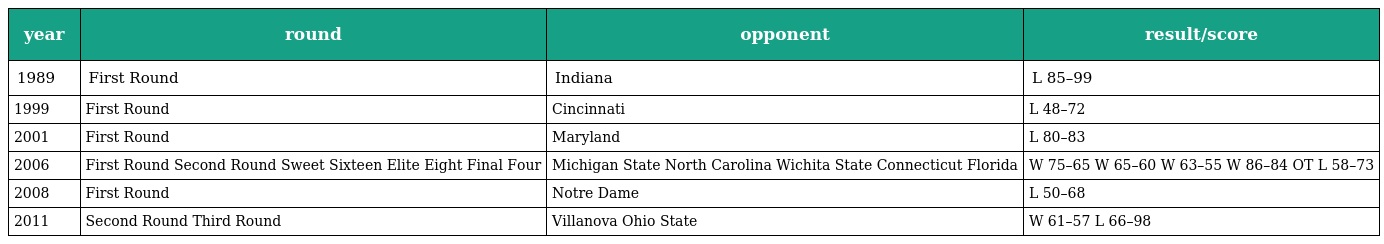
| year | round | opponent | result/score |
 | --- | --- | --- | --- |
 | 1989 | First Round | Indiana | L 85–99 |
 | 1999 | First Round | Cincinnati | L 48–72 |
 | 2001 | First Round | Maryland | L 80–83 |
 | 2006 | First Round Second Round Sweet Sixteen Elite Eight Final Four | Michigan State North Carolina Wichita State Connecticut Florida | W 75–65 W 65–60 W 63–55 W 86–84 OT L 58–73 |
 | 2008 | First Round | Notre Dame | L 50–68 |
 | 2011 | Second Round Third Round | Villanova Ohio State | W 61–57 L 66–98 |